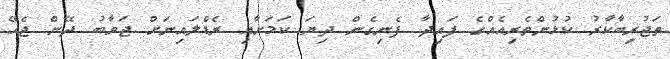
ތަޖުރިބާކާރު ކުޅުންތެރިއެއްގެ ފައިދާ ފެނިގެން ދިޔަ ކަމަށާއި ރެޑްލައިނަށް ޖަވާބު ދޭން ޖެހޭ